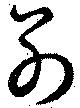
別